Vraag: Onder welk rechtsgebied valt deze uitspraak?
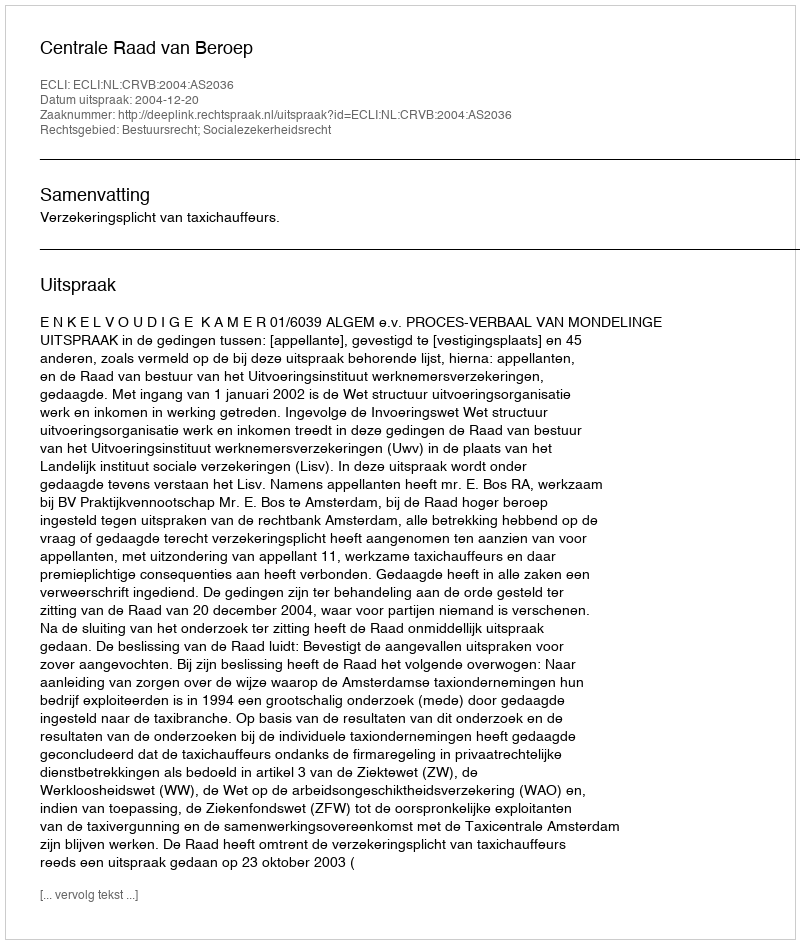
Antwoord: Bestuursrecht; Socialezekerheidsrecht